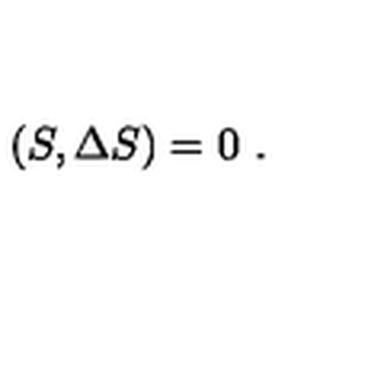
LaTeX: ( S , \Delta S ) = 0 \ .